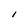
Character: I